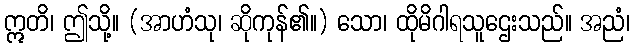
ဣတိ၊ ဤသို့။ (အာဟံသု၊ ဆိုကုန်၏။) သော၊ ထိုမိဂါရသူဌေးသည်။ အညံ၊